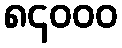
၈၄၀၀၀